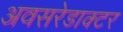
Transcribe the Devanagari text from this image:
अवसरेडाक्टर